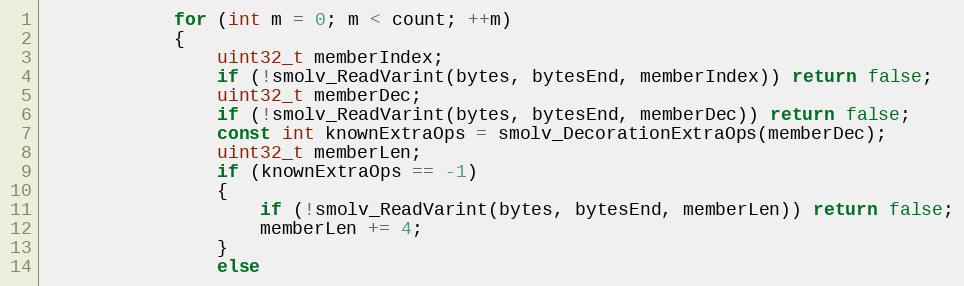
Language: C++
			for (int m = 0; m < count; ++m)
			{
				uint32_t memberIndex;
				if (!smolv_ReadVarint(bytes, bytesEnd, memberIndex)) return false;
				uint32_t memberDec;
				if (!smolv_ReadVarint(bytes, bytesEnd, memberDec)) return false;
				const int knownExtraOps = smolv_DecorationExtraOps(memberDec);
				uint32_t memberLen;
				if (knownExtraOps == -1)
				{
					if (!smolv_ReadVarint(bytes, bytesEnd, memberLen)) return false;
					memberLen += 4;
				}
				else